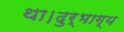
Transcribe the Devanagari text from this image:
था।दुर्भाग्य